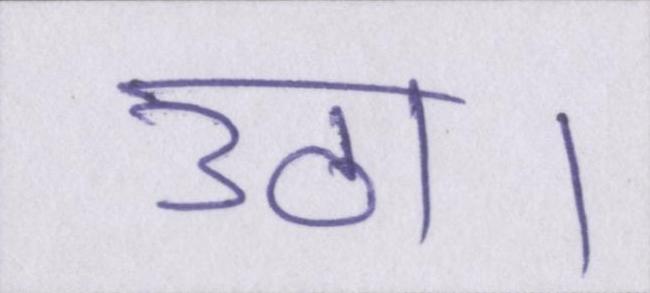
उठा।